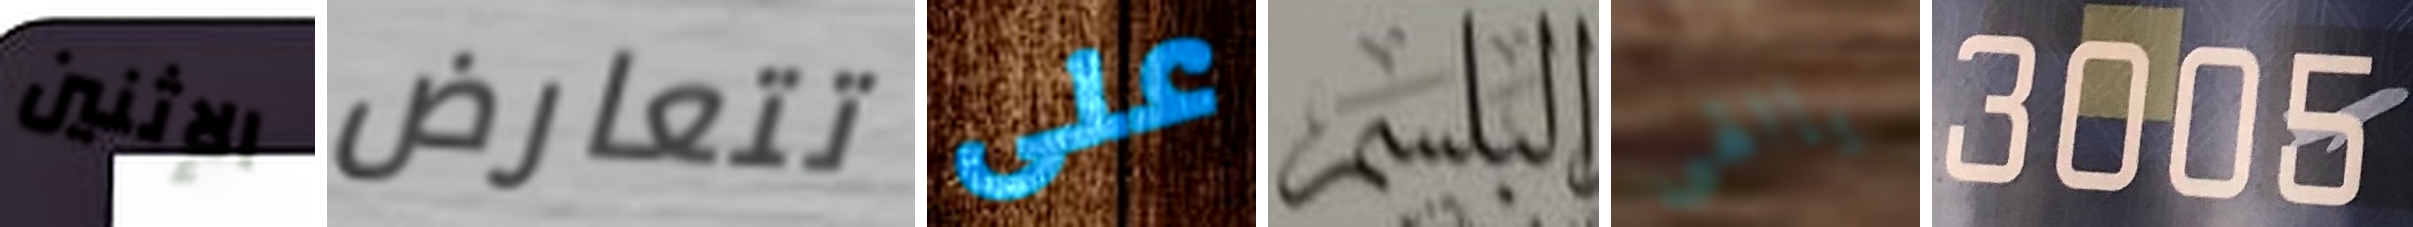
الإثنين تتعارض على البلسم ياالهى 3005